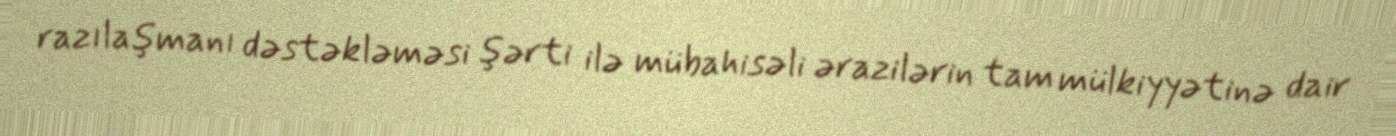
razılaşmanı dəstəkləməsi şərti ilə mübahisəli ərazilərin tam mülkiyyətinə dair